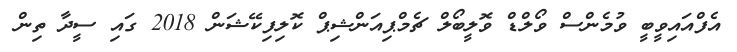
އެފްއައިވީބީ ވުމެންސް ވޯލްޑް ވޮލީބޯލް ޗެމްޕިއަންޝިޕް ކޮލިފިކޭޝަން 2018 ގައި ސީދާ ތިން